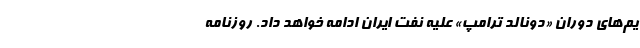
یم‌های دوران «دونالد ترامپ» علیه نفت ایران ادامه خواهد داد. روزنامه